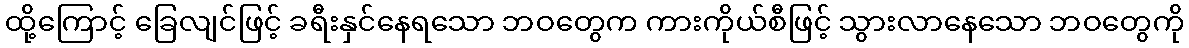
ထို့ကြောင့် ခြေလျင်ဖြင့် ခရီးနှင်နေရသော ဘဝတွေက ကားကိုယ်စီဖြင့် သွားလာနေသော ဘဝတွေကို